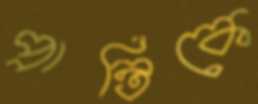
প্রান্তিকে